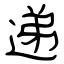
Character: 递